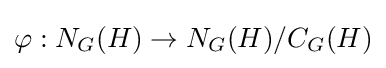
\varphi :N_{G}(H)\rightarrow N_{G}(H)/C_{G}(H)